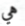
هي